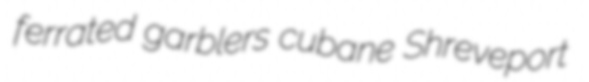
ferrated garblers cubane Shreveport